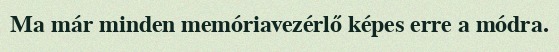
Ma már minden memóriavezérlő képes erre a módra.